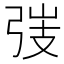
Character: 𢏫